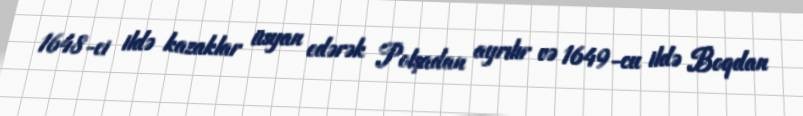
1648-ci ildə kazaklar üsyan edərək Polşadan ayrılır və 1649-cu ildə Boqdan